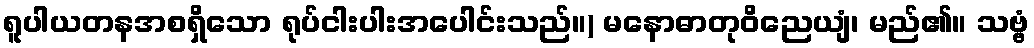
ရူပါယတနအစရှိသော ရုပ်ငါးပါးအပေါင်းသည်။) မနောဓာတုဝိညေယျံ၊ မည်၏။ သဗ္ဗံ